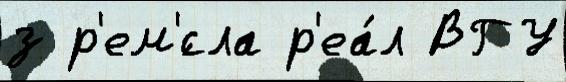
з р'ем'́сла р'еа́л ВГУ